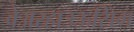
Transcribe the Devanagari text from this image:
वेअरहाउऊसिंग